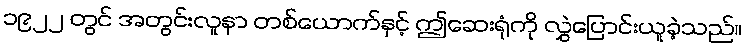
၁၉၂၂ တွင် အတွင်းလူနာ တစ်ယောက်နှင့် ဤဆေးရုံကို လွှဲပြောင်းယူခဲ့သည်။